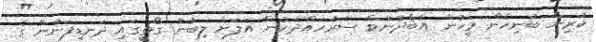
ކުރިން ބުނިހެން މީހުން އާބާދުނުވާ ސަރަހައްދަކުން އަލަށް ލިބުނު ގޯތީގައި ދަނޑިފަނުން ގެ